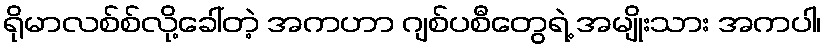
ရိုမာလစ်စ်လို့ခေါ်တဲ့ အကဟာ ဂျစ်ပစီတွေရဲ့ အမျိုးသား အကပါ၊